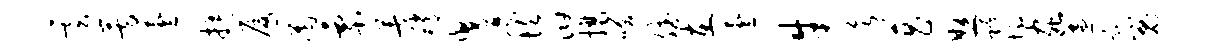
云芳芸揖厦圉票著稍曳靡坎汩攘笑斌在芸牛欲菖怒跨墩虫遍甑嵬